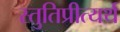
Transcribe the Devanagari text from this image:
स्तुतिप्रीत्यर्थ